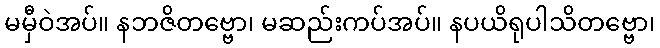
မမှီဝဲအပ်။ နဘဇိတဗ္ဗော၊ မဆည်းကပ်အပ်။ နပယိရုပါသိတဗ္ဗော၊